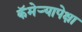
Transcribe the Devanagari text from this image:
कॅमेर्‍यापेक्षा